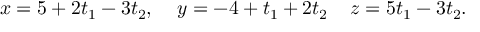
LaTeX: x = 5 + 2 t _ { 1 } - 3 t _ { 2 } , \; \; \; \; y = - 4 + t _ { 1 } + 2 t _ { 2 } \; \; \; \; z = 5 t _ { 1 } - 3 t _ { 2 } . \,